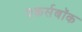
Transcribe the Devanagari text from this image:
एकर्सबॉक